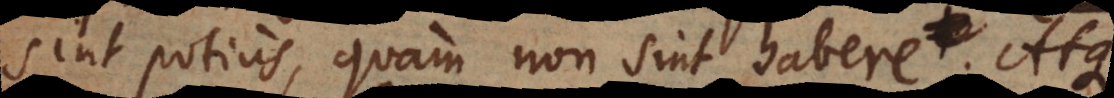
sint potius, quam non sint habere. Atque